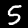
Label: 5